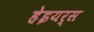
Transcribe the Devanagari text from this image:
हेइयर्स